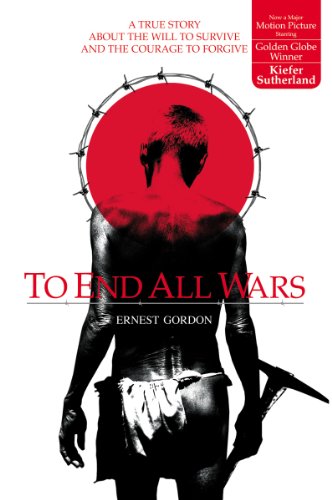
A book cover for TO END ALL WARS; Ernest Gordon; Biographies & Memoirs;